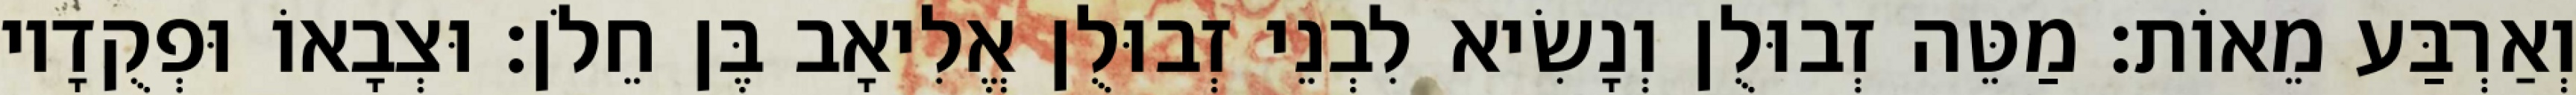
וְאַרְבַּע מֵאוֹת׃ מַטֵּה זְבוּלֻן וְנָשִׂיא לִבְנֵי זְבוּלֻן אֱלִיאָב בֶּן חֵלֹן׃ וּצְבָאוֹ וּפְקֻדָיו